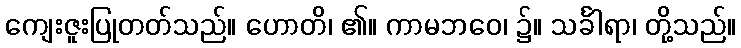
ကျေးဇူးပြုတတ်သည်။ ဟောတိ၊ ၏။ ကာမဘဝေ၊ ၌။ သင်္ခါရာ၊ တို့သည်။